Civil Veterinary Department Bihar & Orissa reports 1911-21 - 1911-1921
Year: 1911
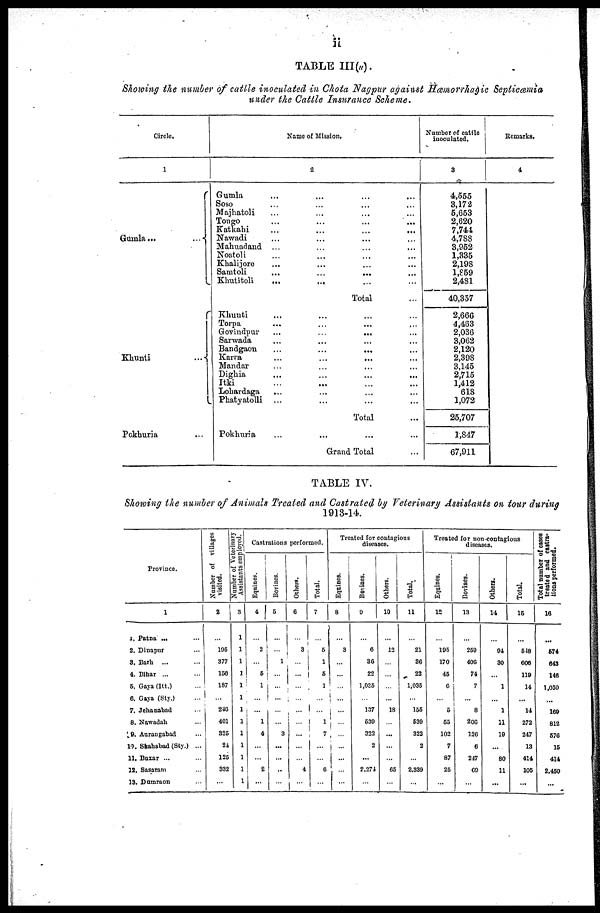
51
TABLE III(a).
Showing the number of cattle inoculated in Chota Nagpur against Hæmorrhagic Septicæmia
under the Cattle Insurance Scheme.
Circle.
1
Gumla ...
...
Khunti
...
Pokhuria ...
Name of Mission.
2
Gumla ... ... ... ...
Soso ... ... ... ...
Majhatoli ... ... ... ...
Tongo
...
...
...
...
Katkabi
...
...
...
...
Nawadi ... ... ... ...
Mahuadand ... ... ... ...
Noatoli ... ... ... ...
Khalijore ... ... ...
Samtoli ... ... ...
Khutitoli
... ... ... ...
Total ...
Khunti ... ... ...
Torpa ... ... ...
Govindpur
...
...
...
...
Sarwada ... ... ...
Bandgaon
...
...
...
Karra
...
...
...
Mandar ... ... ...
Dighia
...
...
...
...
Itki ... ... ... ...
Lohardaga ... ... ... ...
Phatyatolli ... ... ... ...
Total ...
Pokhuria ... ... ... ...
Grand Total ...
Number of cattle
inoculated.
3
4,555
3,172
5,653
2,620
7,744
4,788
3,952
1,335
2,198
1,859
2,481
40,357
2,666
4,463
2,036
3,062
2,120
2,398
3,145
2,715
1,412
618
1,072
25,707
1,847
67,911
Remarks.
4
TABLE IV.
Showing the number of Animals Treated and Castrated by Veterinary Assistants on tour during
1913-14.
Province.
1
1. Patna ... ...
2. Dinapur ...
8. Barb. ...
4. Bihar ...
5. Gaya (Itt.) ...
6. Gaya (Sty.)
7. Jehanabad ...
8. Nawadah ...
9. Aurangabad ...
10. Shahabad (Sty.) ...
11. Buxar ... ...
12. Sasaram ...
13. Dumraon ...
Number of villages
visited.
2
...
195
377
150
187
...
210
401
325
24
125
332
...
Number of Veterinary
Assistants employed.
3
1
1
1
1
1
1
1
1
1
1
1
1
1
Castrations performed.
Equines.
4
...
2
...
6
1
...
...
1
4
...
...
2
...
Bovines.
5
...
...
1
...
...
...
...
...
3
...
...
..
...
Others.
6
...
3
...
...
...
...
...
...
...
...
...
4
...
Total.
7
...
5
1
5
1
...
...
1
7
...
...
6
...
Treated for contagious
diseases.
Equines.
8
...
3
...
...
...
...
...
...
...
...
...
...
Bovines.
0
...
6
36
22
1,035
...
137
530
322
2
...
2,271
...
Others.
10
...
12
...
...
...
...
18
...
...
...
...
65
...
Total.
11
...
21
36
22
1,035
...
155
539
322
2
...
2,339
...
Treated for non-contagious
diseases.
Equines.
12
...
195
170
45
6
...
5
65
102
7
87
25
...
Bovines.
13
...
259
406
74
7
...
8
206
120
6
217
69
...
Others.
14
...
94
30
...
1
...
1
11
19
...
80
11
...
Total.
15
...
518
606
119
14
...
14
272
247
13
414
105
...
Total number of oases
treated and castra-
tions performed.
16
...
574
643
146
1,050
...
169
812
576
15
414
2,450
...